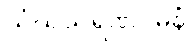
သံဃသရဏဂမနံ